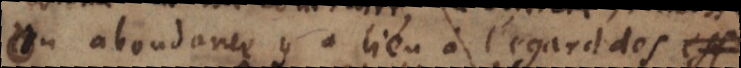
ou abondance y a lieu à l’égard des fins